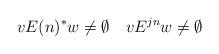
LaTeX: \begin{align*}v E(n)^* w \not= \emptyset \quad v E^{jn} w \not= \emptyset\end{align*}